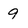
Character: 9